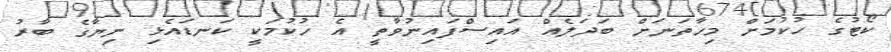
ކޯޓުގެ ހުކުމަށް މިހާތަނަށް ބަދަލެއް އައިސްފައިނުވާތީ އެ ހުކުމަކީ ކަނޑައެޅި ނިޔާގެ ބާރު